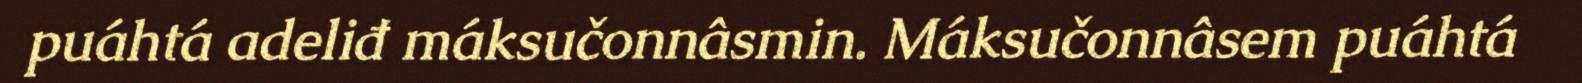
puáhtá adeliđ máksučonnâsmin. Máksučonnâsem puáhtá